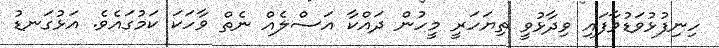
ހިނިފުޅުވަޑުވާފައި ވިދާޅުވީ ތިޔަހަރީ މީހުން ދައްކާ އަސްލެއް ނެތް ވާހަކަ ކަމުގައެވެ. އަޅުގަނޑު